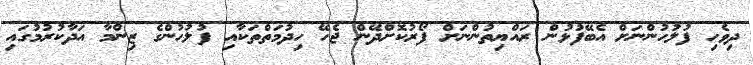
ދިވެހި ފުލުހުންނަށް އެބޭފުޅުން ރައްޔިތުންނަށް ފޯރުކޮށްދޭން ޖެހޭ ހިދުމަތްތަކާއި ފުލުހުންގެ ޒިންމާ އަދާކުރުމުގައި